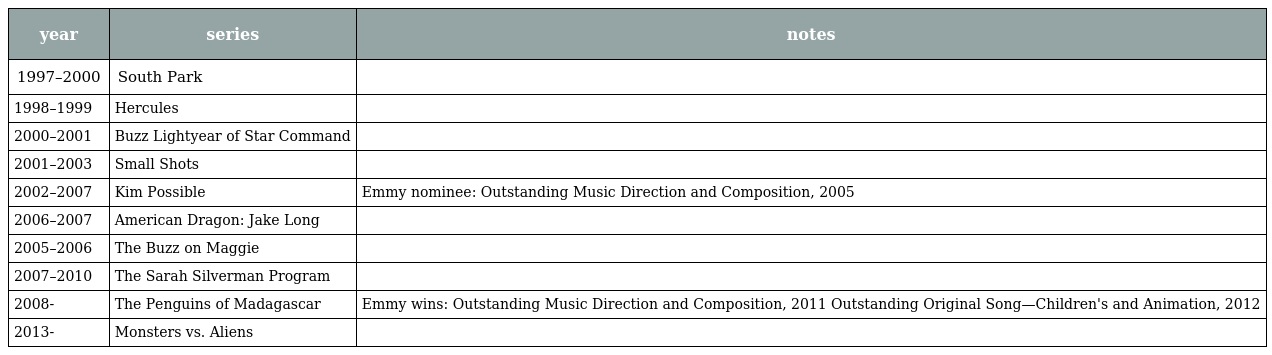
| year | series | notes |
 | --- | --- | --- |
 | 1997–2000 | South Park |  |
 | 1998–1999 | Hercules |  |
 | 2000–2001 | Buzz Lightyear of Star Command |  |
 | 2001–2003 | Small Shots |  |
 | 2002–2007 | Kim Possible | Emmy nominee: Outstanding Music Direction and Composition, 2005 |
 | 2006–2007 | American Dragon: Jake Long |  |
 | 2005–2006 | The Buzz on Maggie |  |
 | 2007–2010 | The Sarah Silverman Program |  |
 | 2008- | The Penguins of Madagascar | Emmy wins: Outstanding Music Direction and Composition, 2011 Outstanding Original Song—Children's and Animation, 2012 |
 | 2013- | Monsters vs. Aliens |  |